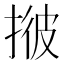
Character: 𢯏